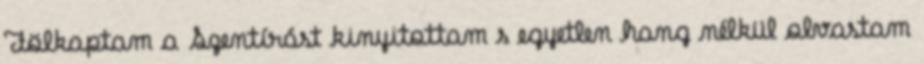
Fölkaptam a Szentírást kinyitottam s egyetlen hang nélkül olvastam